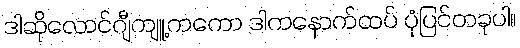
ဒါဆိုလောင်ဂျီကျူ့ကကော ဒါကနောက်ထပ် ပုံပြင်တခုပါ။